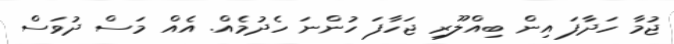
ޖުމާ ހަދާފަ އިން ބިއްލޫރި ޖަހާފަ ހުންނަ ހެދުމެއް. އެއް މަސް ދުވަސް